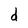
Character: d